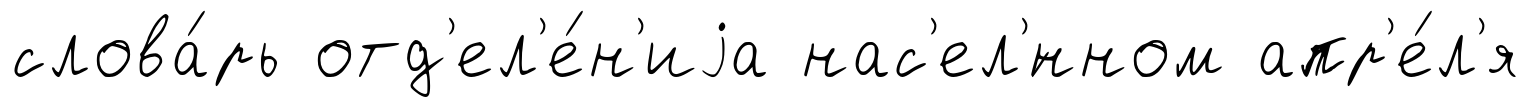
слова́рь отд'ел'е́н'иjа нас'ел'́нном апр'е́л'я